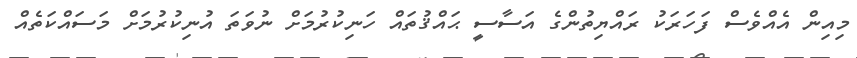
މިއިން އެއްވެސް ފަހަރަކު ރައްޔިތުންގެ އަސާސީ ޙައްޤުތައް ހަނިކުރުމަށް ނުވަތަ އުނިކުރުމަށް މަސައްކަތެއް